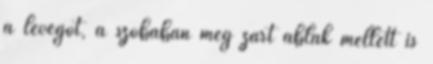
a levegőt, a szobában még zárt ablak mellett is